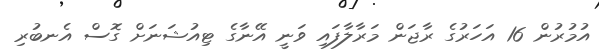
އުމުރުން 16 އަހަރުގެ ރާޖަން މަރާލާފައި ވަނީ އޭނާގެ ޓިއުޝަނަށް ގޮސް އެނބުރި